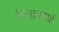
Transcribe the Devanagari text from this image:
है।सुनवाई